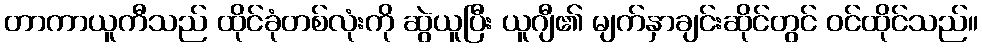
တာကာယူကီသည် ထိုင်ခုံတစ်လုံးကို ဆွဲယူပြီး ယူဂျီ၏ မျက်နှာချင်းဆိုင်တွင် ဝင်ထိုင်သည်။